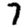
Digit: 7